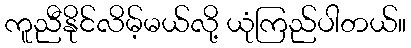
ကူညီနိုင်လိမ့်မယ်လို့ ယုံကြည်ပါတယ်။